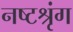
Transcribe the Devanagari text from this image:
नष्टश्रृंग